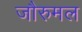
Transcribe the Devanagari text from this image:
जौरुमल